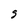
Character: S